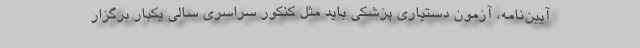
آیین‌نامه، آزمون دستیاری پزشکی باید مثل کنکور سراسری سالی یکبار برگزار